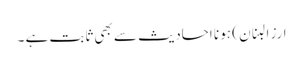
ارز البنان ) ہو نا احادیث سے بھی ثابت ہے ۔